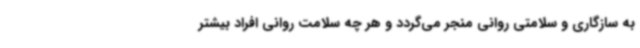
به سازگاری و سلامتی روانی منجر می‌گردد و هر چه سلامت روانی افراد بیشتر